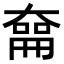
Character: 𪥜